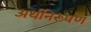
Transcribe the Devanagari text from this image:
अर्थनिरूपण